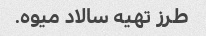
طرز تهیه سالاد میوه.